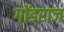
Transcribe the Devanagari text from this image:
गोंडराज